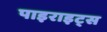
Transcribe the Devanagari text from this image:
पाइराइट्स